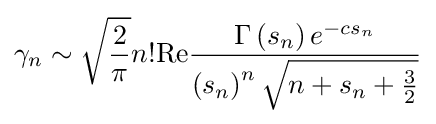
\gamma _{n}\sim {\sqrt {\frac {2}{\pi }}}n!\mathrm {Re} {\frac {\Gamma \left(s_{n}\right)e^{-cs_{n}}}{\left(s_{n}\right)^{n}{\sqrt {n+s_{n}+{\frac {3}{2}}}}}}